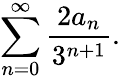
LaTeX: \sum_{n=0}^{\infty}{\frac{2a_{n}}{3^{n+1}}}.